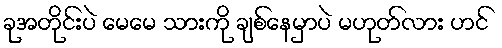
ခုအတိုင်းပဲ မေမေ သားကို ချစ်နေမှာပဲ မဟုတ်လား ဟင်